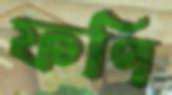
ফণি